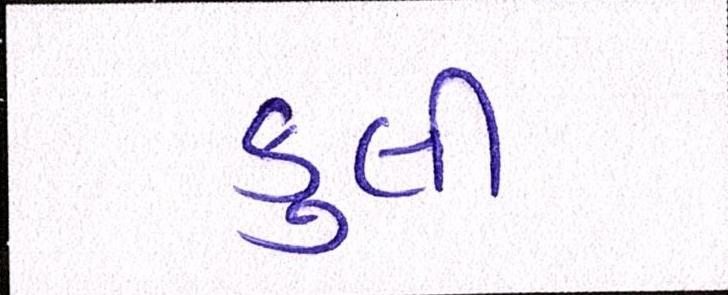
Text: કુલી